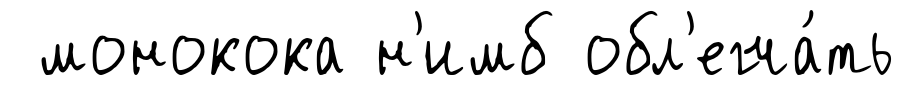
монокока н'имб обл'егча́ть